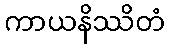
ကာယနိဿိတံ